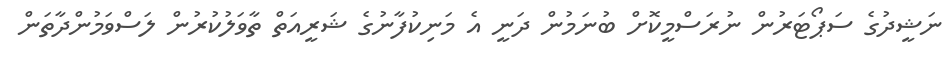
ނަޝީދުގެ ސަޕޯޓަރުން ނުރަސްމީކޮށް ބުނަމުން ދަނީ އެ މަނިކުފާނުގެ ޝަރީއަތް ތާވަލުކުރުން ލަސްވަމުންދާތަން